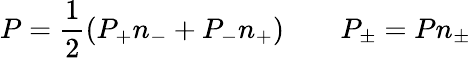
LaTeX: P=\frac{1}{2}(P_{+}n_{-}+P_{-}n_{+})\qquad P_{\pm}=Pn_{\pm}